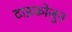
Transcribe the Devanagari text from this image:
टाइकोजुन